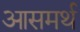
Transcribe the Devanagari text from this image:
आसमर्थ